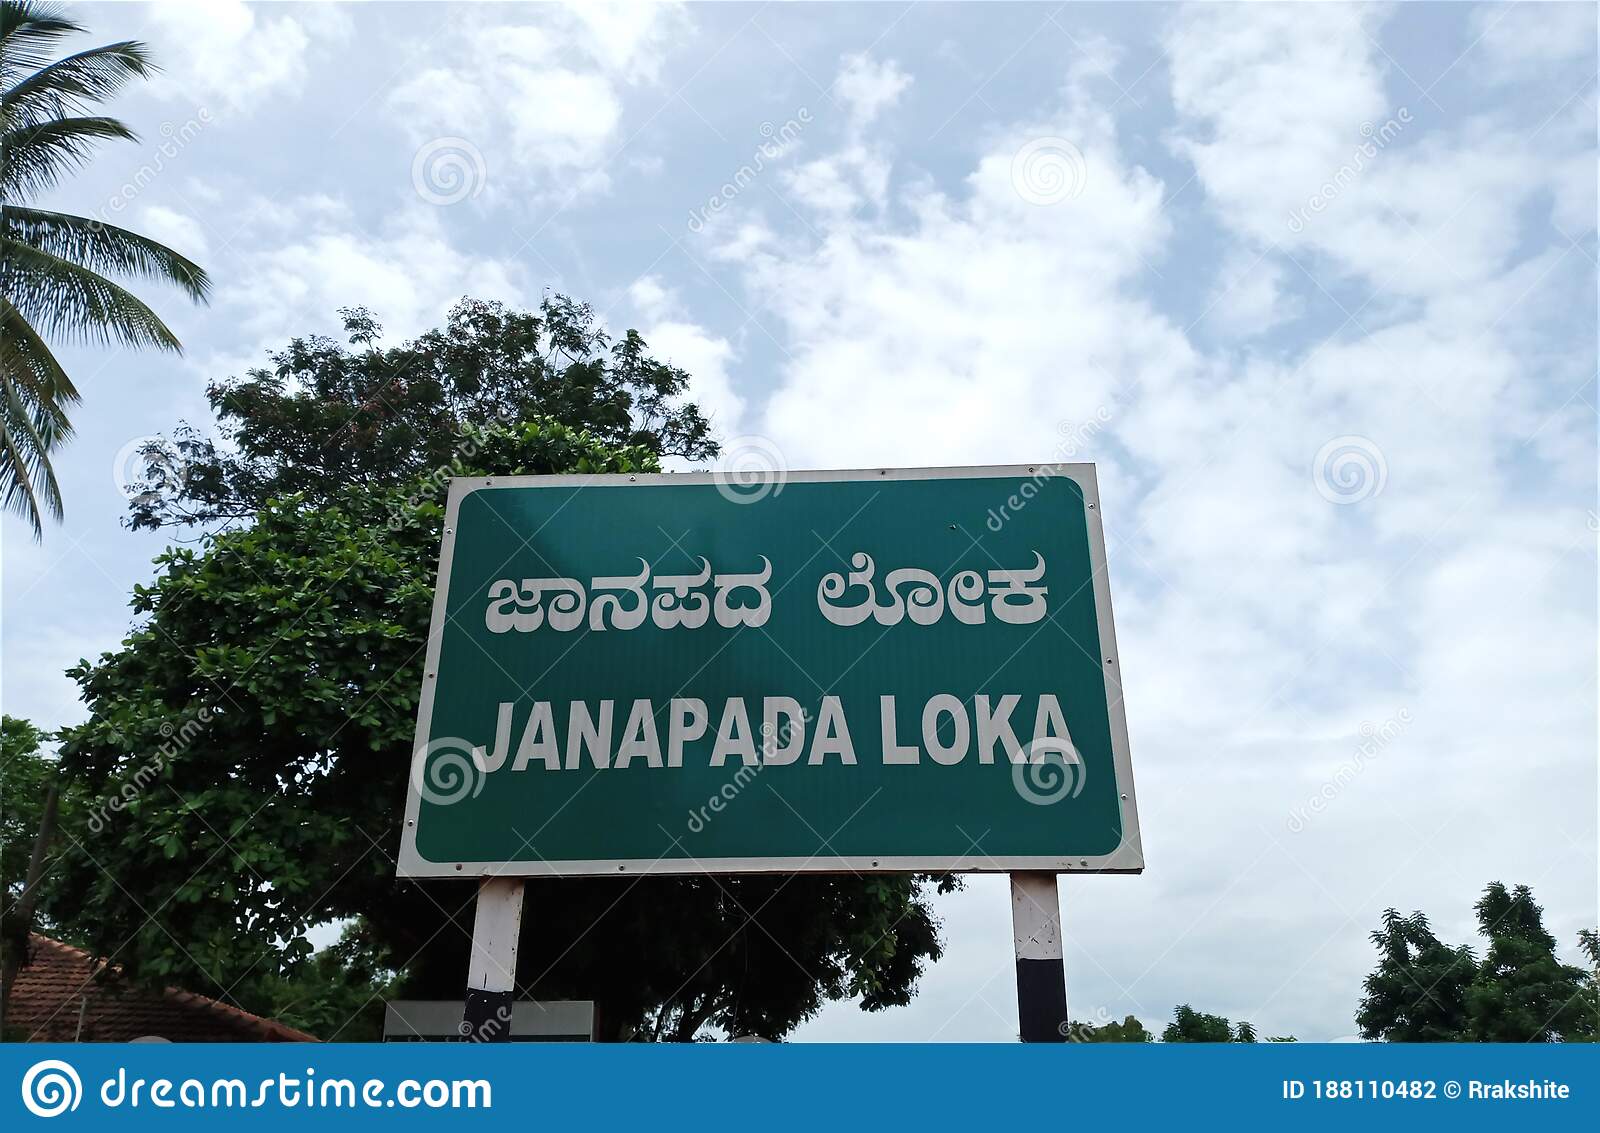
Language: kannada
Transcription: ಜಾನಪದ ಲೋಕ